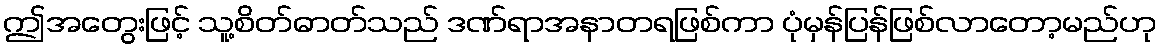
ဤအတွေးဖြင့် သူ့စိတ်ဓာတ်သည် ဒဏ်ရာအနာတရဖြစ်ကာ ပုံမှန်ပြန်ဖြစ်လာတော့မည်ဟု